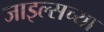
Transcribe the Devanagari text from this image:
जाइल्सच्या